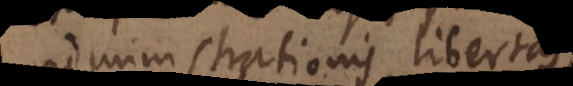
administrationis libertas